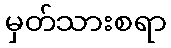
မှတ်သားစရာ